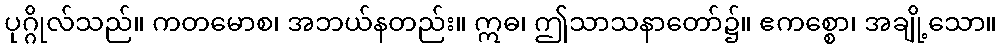
ပုဂ္ဂိုလ်သည်။ ကတမောစ၊ အဘယ်နတည်း။ ဣဓ၊ ဤသာသနာတော်၌။ ဧကစ္စော၊ အချို့သော။